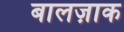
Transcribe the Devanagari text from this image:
बालज़ाक